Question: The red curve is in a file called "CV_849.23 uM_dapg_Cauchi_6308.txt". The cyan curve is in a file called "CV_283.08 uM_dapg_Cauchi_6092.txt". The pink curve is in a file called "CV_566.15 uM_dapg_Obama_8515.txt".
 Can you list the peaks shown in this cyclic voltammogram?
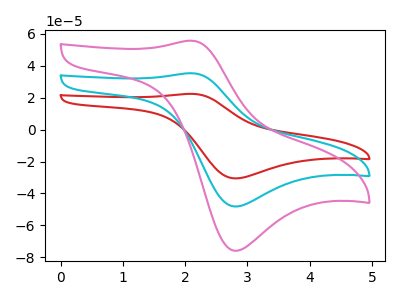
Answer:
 <answer>The red curve "dapg, 849.23 uM" has an anodic peak at (2.10V, 70.75uA) and a cathodic peak at (2.80V, -96.40uA). The cyan curve "dapg, 283.08 uM" has an anodic peak at (2.10V, 35.35uA) and a cathodic peak at (2.80V, -48.20uA). The pink curve "dapg, 566.15 uM" has an anodic peak at (2.10V, 55.75uA) and a cathodic peak at (2.80V, -75.95uA).</answer>
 <eval></eval>